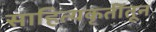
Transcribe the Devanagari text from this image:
साहित्यकृतींतून